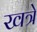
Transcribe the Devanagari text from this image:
खत्रे